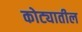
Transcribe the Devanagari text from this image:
कोट्यातील